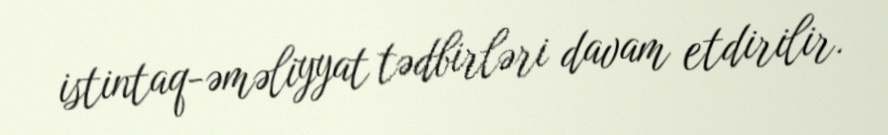
istintaq-əməliyyat tədbirləri davam etdirilir.